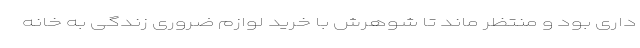
داری بود و منتظر ماند تا شوهرش با خرید لوازم ضروری زندگی به خانه